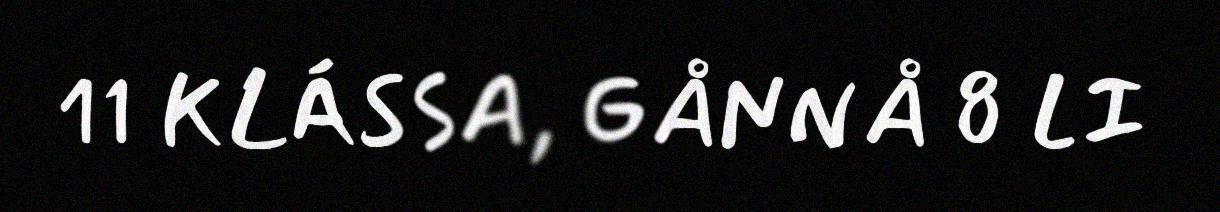
11 KLÁSSA, GÅNNÅ 8 LI